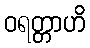
ဝရတ္တာဟိ